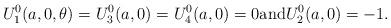
LaTeX: \begin{align*}U_1^0(a,0, \theta) = U_3^0(a,0) = U_4^0(a,0) = 0 \textrm{and} U_2^0(a,0) = -1. \end{align*}